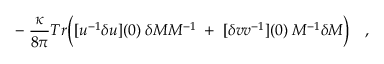
\qquad - \; { \frac { \kappa } { 8 \pi } } T r \Bigl ( [ u ^ { - 1 } \delta u ] ( 0 ) \; \delta { \cal M } { \cal M } ^ { - 1 } \; + \; [ \delta v v ^ { - 1 } ] ( 0 ) \; { \cal M } ^ { - 1 } \delta { \cal M } \Bigr ) \quad ,